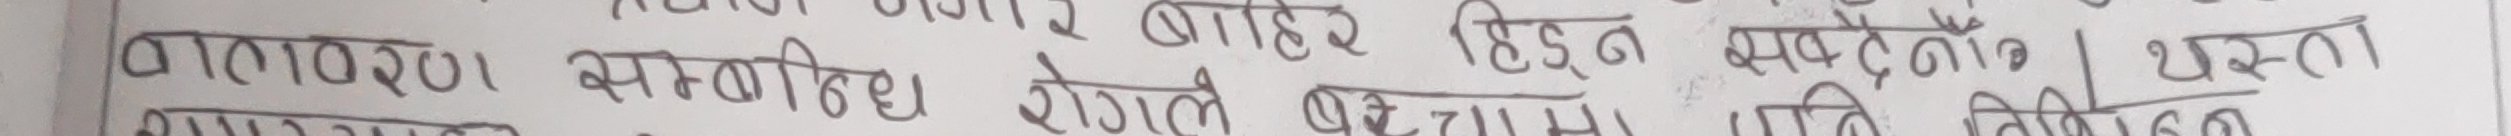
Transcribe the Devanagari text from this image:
नागरिक समाजदेखि बाहिर हिड्न सकेको छ।
प्रायः समस्याहरु जोगले पछ्याउन विभिन्न